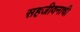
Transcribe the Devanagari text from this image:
सहजीवनाची